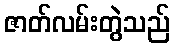
ဇာတ်လမ်းတွဲသည်